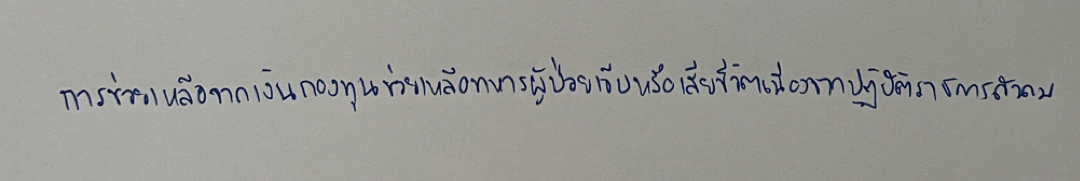
การช่วยเหลือจากเงินกองทุนช่วยเหลือทหารผู้ป่วยเจ็บหรือเสียชีวิตเนื่องจากปฏิบัติราชการสนาม